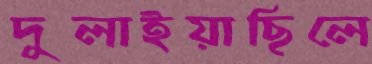
দুলাইয়াছিলে